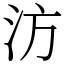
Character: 汸